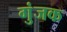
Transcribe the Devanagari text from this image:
गुंजक